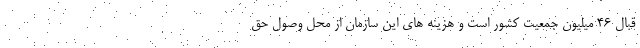
قبال ۴۶ میلیون جمعیت کشور است و هزینه های این سازمان از محل وصول حق